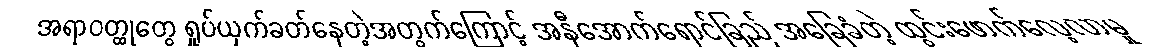
အရာဝတ္ထုတွေ ရှုပ်ယှက်ခတ်နေတဲ့အတွက်ကြောင့် အနီအောက်ရောင်ခြည် အခြေခံတဲ့ ထွင်းဖောက်လေ့လာမှု